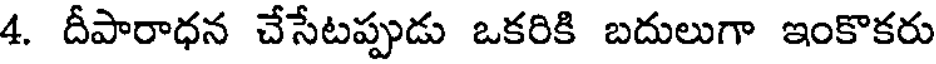
4. దీపారాధన చేసేటప్పుడు ఒకరికి బదులుగా ఇంకొకరు